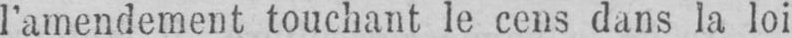
l’amendement touchant le cens dans la loi